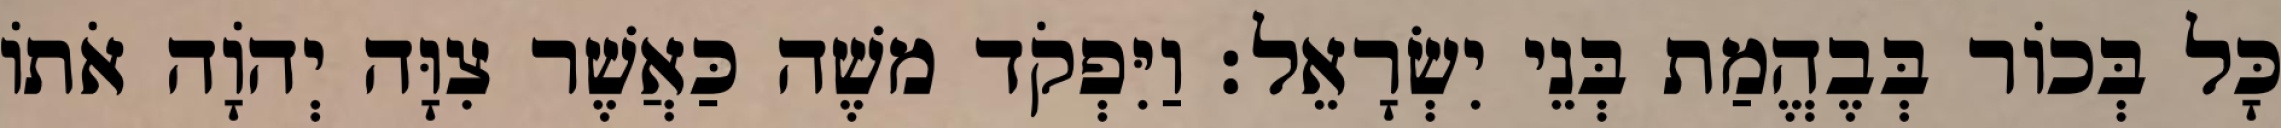
כָּל בְּכוֹר בְּבֶהֱמַת בְּנֵי יִשְׂרָאֵל׃ וַיִּפְקֹד משֶׁה כַּאֲשֶׁר צִוָּה יְהוָֹה אֹתוֹ